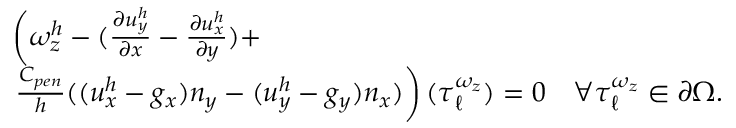
\begin{array} { r l } & { \left( \omega _ { z } ^ { h } - ( \frac { \partial u _ { y } ^ { h } } { \partial x } - \frac { \partial u _ { x } ^ { h } } { \partial y } ) + \right. } \\ & { \left. \frac { C _ { p e n } } { h } ( ( u _ { x } ^ { h } - g _ { x } ) n _ { y } - ( u _ { y } ^ { h } - g _ { y } ) n _ { x } ) \right) ( \boldsymbol { \tau } _ { \ell } ^ { \omega _ { z } } ) = 0 \quad \forall \boldsymbol { \tau } _ { \ell } ^ { \omega _ { z } } \in \partial \Omega . } \end{array}